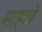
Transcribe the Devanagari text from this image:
साहावे